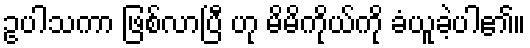
ဥပါသကာ ဖြစ်လာပြီ ဟု မိမိကိုယ်ကို ခံယူခဲ့ပါ၏။